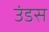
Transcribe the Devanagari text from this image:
उंडस